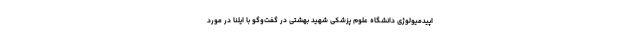
اپیدمیولوژی دانشگاه علوم پزشکی شهید بهشتی در گفت‌وگو با ایلنا در مورد